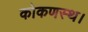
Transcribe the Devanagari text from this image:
कोकणस्थ।